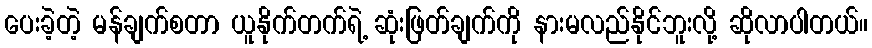
ပေးခဲ့တဲ့ မန်ချက်စတာ ယူနိုက်တက်ရဲ့ ဆုံးဖြတ်ချက်ကို နားမလည်နိုင်ဘူးလို့ ဆိုလာပါတယ်။